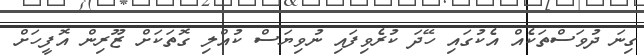
ގިނަ ދުވަސްތަކެއް އެކުގައި ހޭދަ ކުރެވިފައި ނުވިޔަސް ކުއްލި ގޮތަކަށް ޒޫރިން އޮފީހަށް